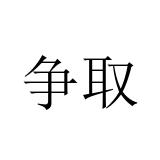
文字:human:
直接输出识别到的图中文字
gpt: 争取